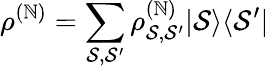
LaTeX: \rho^{(\mathbb{N})}=\sum_{\mathcal{{S}},\mathcal{{S}}^{\prime}}\rho_{\mathcal{{S}},\mathcal{{S}}^{\prime}}^{(\mathbb{N})}|\mathcal{{S}}\rangle\langle\mathcal{{S}}^{\prime}|